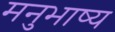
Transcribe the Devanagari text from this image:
मनुभाष्य